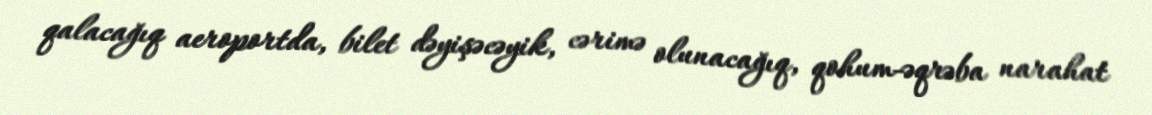
qalacağıq aeroportda, bilet dəyişəcəyik, cərimə olunacağıq, qohum-əqrəba narahat